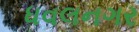
ધવલનગર